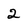
Character: 2